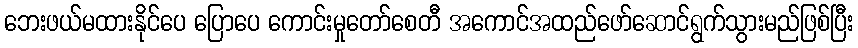
ဘေးဖယ်မထားနိုင်ပေ ပြောပေ ကောင်းမှုတော်စေတီ အကောင်အထည်ဖော်ဆောင်ရွက်သွားမည်ဖြစ်ပြီး